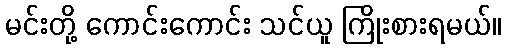
မင်းတို့ ကောင်းကောင်း သင်ယူ ကြိုးစားရမယ်။